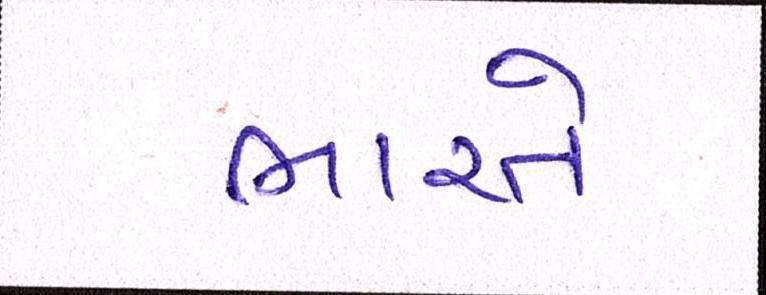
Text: ભારતે